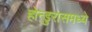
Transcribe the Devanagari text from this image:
होन्डुरासमध्ये